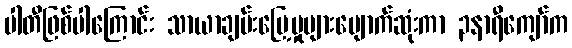
ပါတီဖြစ်ပါကြောင်း သာယာချမ်းမြေ့မှုများပျောက်ဆုံးကာ ၃နာရီကျော်က